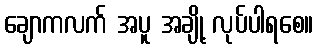
ချောကလက် အပူ အချို့ လုပ်ပါရစေ။